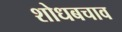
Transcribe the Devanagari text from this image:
शोधबचाव